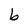
Character: b